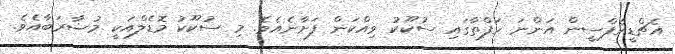
އެޗްޑީއެފްސީން އަންނަ ހަފްތާގައި ސުކޫކު ވިއްކަން ފަށާނެއެވެ. މި ސުކޫކު މޮޑެލްއަކީ މުޟާރަބާއެވެ.